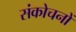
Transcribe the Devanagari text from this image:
संकोचनों